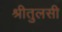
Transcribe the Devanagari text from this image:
श्रीतुलसी